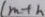
( m + h